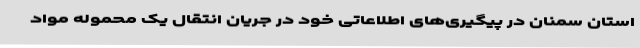
استان سمنان در پیگیری‌های اطلاعاتی خود در جریان انتقال یک محموله مواد